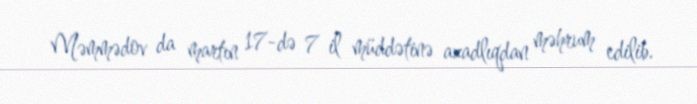
Məmmədov da martın 17-də 7 il müddətinə azadlıqdan məhrum edilib.